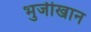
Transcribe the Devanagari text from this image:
भुर्जीखान